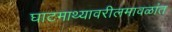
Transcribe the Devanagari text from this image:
घाटमाथ्यावरीलमावळांत